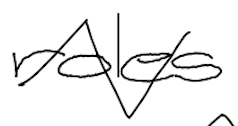
Text: roles
Cross-out: zig-zag
Writing tool: digital_black